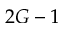
2 G - 1